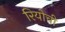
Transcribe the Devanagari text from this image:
रियोची